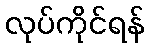
လုပ်ကိုင်ရန်